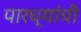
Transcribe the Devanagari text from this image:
पारध्यांची